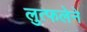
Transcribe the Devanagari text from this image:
लुत्फलेने